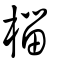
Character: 椔